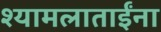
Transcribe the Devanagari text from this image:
श्यामलाताईंना